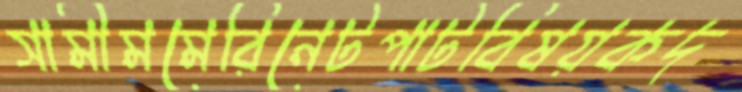
সামীমমেরিনেটপাটবিষয়কদ